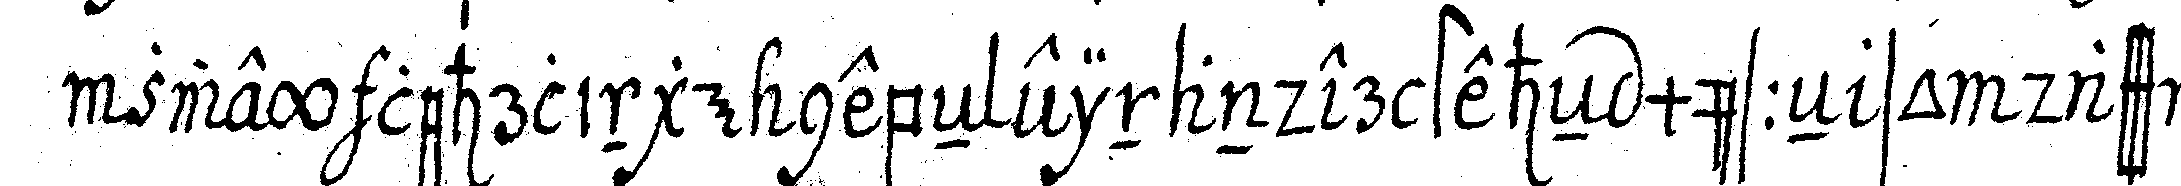
zwey lehrlinge nebeN einander steheN müsseN so dass